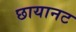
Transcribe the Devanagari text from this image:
छायानट